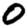
Digit: 0